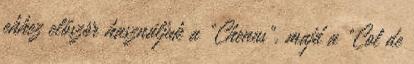
ehhez először használjuk a "Chenus", majd a "Col de